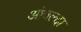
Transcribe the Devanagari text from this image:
आंवल्दा